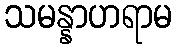
သမန္နာဟရာမ